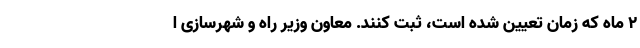
۲ ماه که زمان تعیین شده است، ثبت کنند. معاون وزیر راه و شهرسازی ا